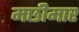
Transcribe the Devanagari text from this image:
मछीमार